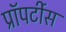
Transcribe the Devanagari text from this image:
प्रॉपर्टीस